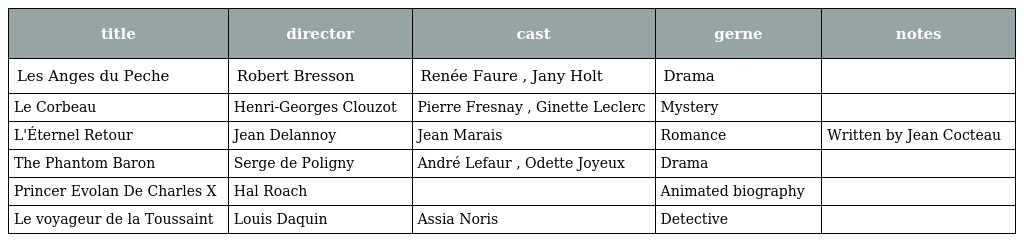
| title | director | cast | gerne | notes |
 | --- | --- | --- | --- | --- |
 | Les Anges du Peche | Robert Bresson | Renée Faure , Jany Holt | Drama |  |
 | Le Corbeau | Henri-Georges Clouzot | Pierre Fresnay , Ginette Leclerc | Mystery |  |
 | L'Éternel Retour | Jean Delannoy | Jean Marais | Romance | Written by Jean Cocteau |
 | The Phantom Baron | Serge de Poligny | André Lefaur , Odette Joyeux | Drama |  |
 | Princer Evolan De Charles X | Hal Roach |  | Animated biography |  |
 | Le voyageur de la Toussaint | Louis Daquin | Assia Noris | Detective |  |